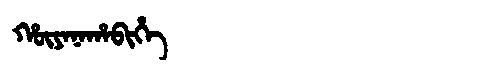
Manchu: ᡥᡡᠶᠠᠨᠠᡥᠠᠪᡳᡥᡝ
Romanization: HŪYANAHABIHE